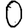
Digit: 0